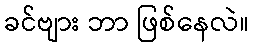
ခင်ဗျား ဘာ ဖြစ်နေလဲ။